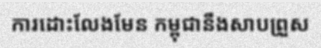
ការដោះលែងមែន កម្ពុជានឹងសាបព្រួស